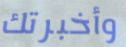
وأخبرتك